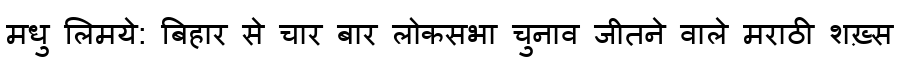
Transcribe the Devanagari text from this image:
मधु लिमये: बिहार से चार बार लोकसभा चुनाव जीतने वाले मराठी शख़्स